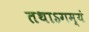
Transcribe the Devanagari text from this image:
तथाऽगम्यं